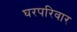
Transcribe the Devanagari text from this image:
घरपरिवार